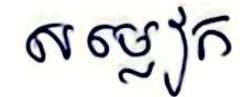
សម្លៀក